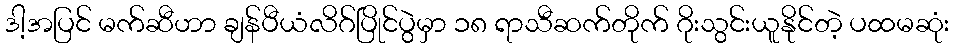
ဒါ့အပြင် မက်ဆီဟာ ချန်ပီယံလိဂ်ပြိုင်ပွဲမှာ ၁၈ ရာသီဆက်တိုက် ဂိုးသွင်းယူနိုင်တဲ့ ပထမဆုံး